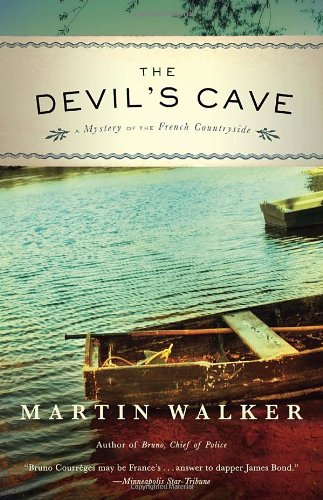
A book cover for The Devil's Cave: A Mystery of the French Countryside; Martin Walker; Mystery, Thriller & Suspense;